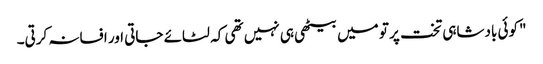
"کوئی بادشاہی تخت پر تو میں بیٹھی ہی نہیں تھی کہ لٹائے جاتی اور افسانہ کرتی۔